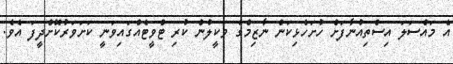
އެ މައްސަލަ އިސްތިއުނާފަށް ހުށަހެޅިކަން ނާޒިމްގެ ވަކީލުން ކުރި ޓްވީޓެއްގައިވަނީ ކަށަވަރުކޮށްދީފަ އެވެ.